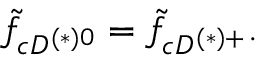
\tilde { f } _ { c D ^ { ( * ) 0 } } = \tilde { f } _ { c D ^ { ( * ) + } } .